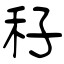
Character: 秄